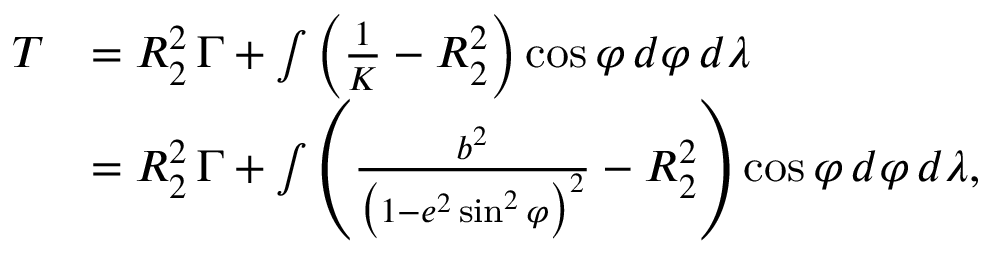
{ \begin{array} { r l } { T } & { = R _ { 2 } ^ { 2 } \, \Gamma + \int \left( { \frac { 1 } { K } } - R _ { 2 } ^ { 2 } \right) \cos \varphi \, d \varphi \, d \lambda } \\ & { = R _ { 2 } ^ { 2 } \, \Gamma + \int \left( { \frac { b ^ { 2 } } { { \bigl ( } 1 - e ^ { 2 } \sin ^ { 2 } \varphi { \bigr ) } ^ { 2 } } } - R _ { 2 } ^ { 2 } \right) \cos \varphi \, d \varphi \, d \lambda , } \end{array} }